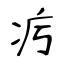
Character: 㽲